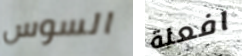
السوس افعلة